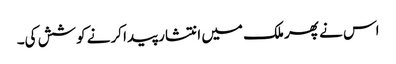
اس نے پھر ملک میں انتشار پیدا کرنے کوشش کی۔